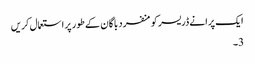
ایک پرانے ڈریسر کو منفرد باگان کے طور پر استعمال کریں
3۔